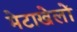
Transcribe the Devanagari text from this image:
मेटाखेलों